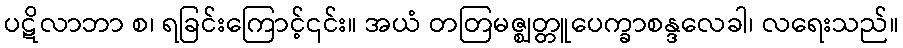
ပဋိလာဘာ စ၊ ရခြင်းကြောင့်၎င်း။ အယံ တတြမဇ္ဈတ္တူပေက္ခာစန္ဒလေခါ၊ လရေးသည်။